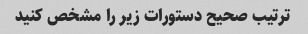
ترتیب صحیح دستورات زیر را مشخص کنید